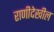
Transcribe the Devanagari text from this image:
राणीदेखील